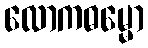
လောကဓမ္မော